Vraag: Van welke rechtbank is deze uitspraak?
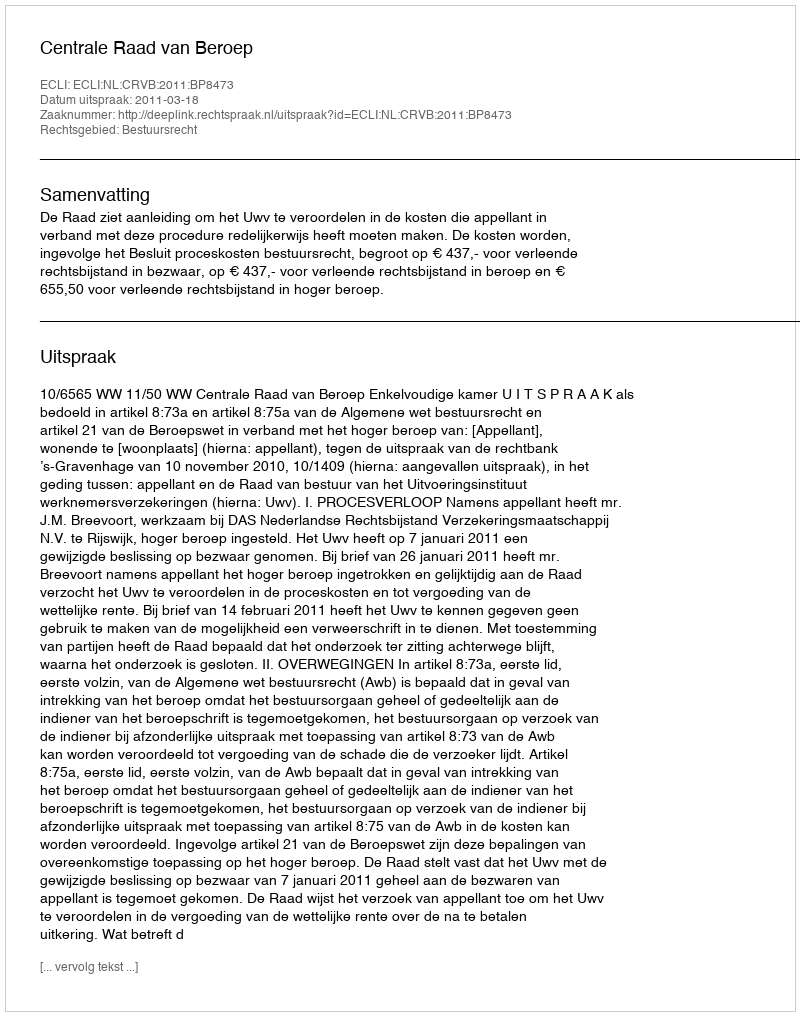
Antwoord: Centrale Raad van Beroep